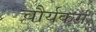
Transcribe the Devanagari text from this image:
चौर्यकर्म